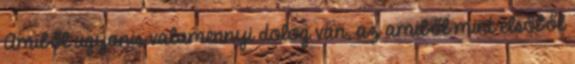
Amiből ugyanis valamennyi dolog van, az amiből mint elsőből